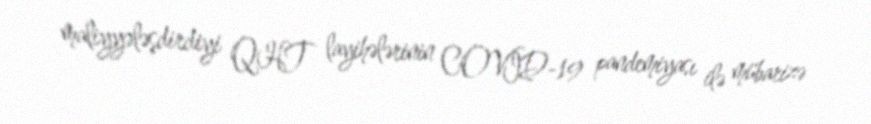
maliyyələşdirdiyi QHT layihələrinin COVID-19 pandemiyası ilə mübarizə